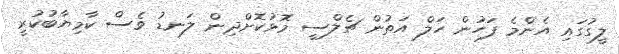
ލީގުގައި އެންމެ ފަހުން ހަލް އަތުން ޗެލްސީ މޮޅުކޮށްދިން ލަނޑު ވެސް ކާމިޔާބުކުރީ